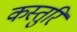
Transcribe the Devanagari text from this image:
कस्तुरि